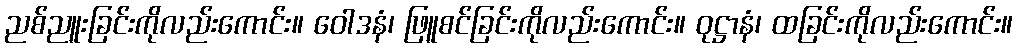
ညစ်ညူးခြင်းကိုလည်းကောင်း။ ဝေါဒနံ၊ ဖြူစင်ခြင်းကိုလည်းကောင်း။ ဝုဋ္ဌာနံ၊ ထခြင်းကိုလည်းကောင်း။